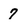
Character: 7